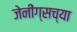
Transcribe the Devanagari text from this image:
जेनींग्सच्या